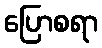
ပြောစရာ